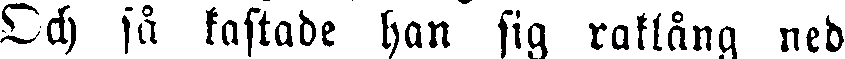
Och så kastade han sig raklång ned